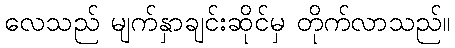
လေသည် မျက်နှာချင်းဆိုင်မှ တိုက်လာသည်။